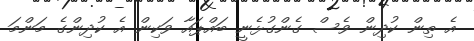
އެ ތިން ކުދިން ވެސް ގެންގުޅެނީ ބައްޕައާ ވަކިން އެ ކުދިންގެ މަންމަ